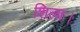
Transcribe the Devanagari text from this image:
शिला।